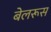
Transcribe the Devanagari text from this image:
बेलरूस